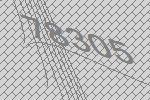
78305